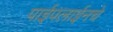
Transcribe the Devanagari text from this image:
पाईपलाईनचे